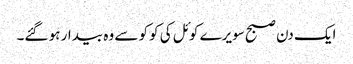
ایک دن صبح سویرے کوئل کی کوکو سے وہ بیدار ہو گئے۔